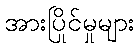
အားပြိုင်မှုများ